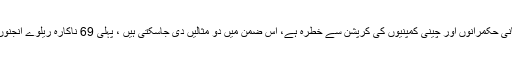
لیکن پاک چین تعلقات کودشمن ممالک سے زیادہ پاکستانی حکمرانوں اور چینی کمپنیوں کی کرپشن سے خطرہ ہے، اس ضمن میں دو مثالیں دی جاسکتی ہیں ، پہلی 69 ناکارہ ریلوے انجنوں کی اور دوسری مثال نندی پور پاورپراجیکٹ کی ہے۔